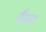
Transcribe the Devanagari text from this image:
बैनन